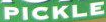
PICKLE